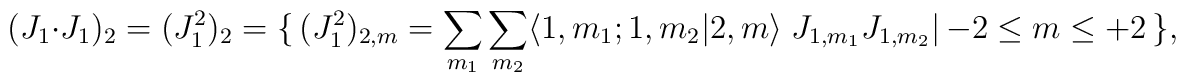
( J_1 \cdot J_1 )_2 = ( J_1^2 )_2 = \{\, ( J_1^2 )_{2,m} =    \sum_{m_1} \sum_{m_2} \: \langle 1,m_1 ; 1,m_2 | 2,m \rangle \;    J_{1,m_1} J_{1,m_2} \:|\, -2 \le m \le +2 \,\} ,